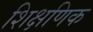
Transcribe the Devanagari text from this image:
शिक्षणिक